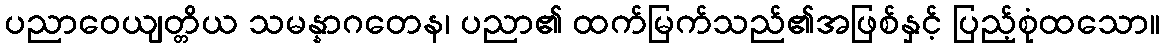
ပညာဝေယျတ္တိယ သမန္နာဂတေန၊ ပညာ၏ ထက်မြက်သည်၏အဖြစ်နှင့် ပြည့်စုံထသော။